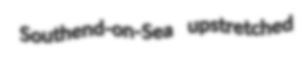
Southend-on-Sea upstretched